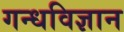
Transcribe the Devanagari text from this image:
गन्धविज्ञान